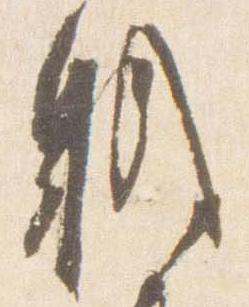
職